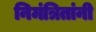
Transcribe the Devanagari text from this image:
निमंत्रितांनी